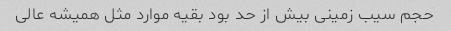
حجم سیب زمینی بیش از حد بود بقیه موارد مثل همیشه عالی